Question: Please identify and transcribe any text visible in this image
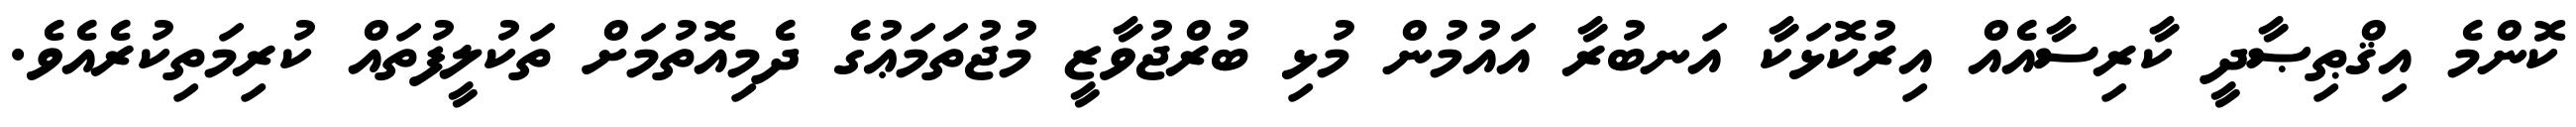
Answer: ކޮންމެ އިޤްޠިޞާދީ ކާރިސާއެއް އިރުކޮޅަކާ އަނބުރާ އައުމުން މުޅި ބުރްޖުވާޒީ މުޖުތަމަޢުގެ ދެމިއޮތުމަށް ތަކުލީފުތައް ކުރިމަތިކުރެއެވެ.